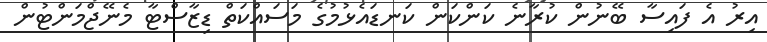
އިރު އެ ފައިސާ ބޭނުން ކުރާނެ ކަންކަން ކަނޑައެޅުމުގެ މަސައްކަތް ޑިޒާސްޓާ މެނޭޖްމަންޓުން